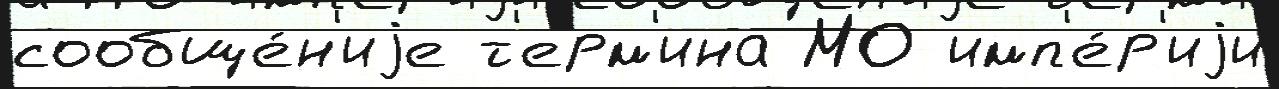
сообще́н'иjе т'ерм'ина МО имп'е́р'иjи